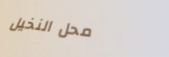
محل النخيل